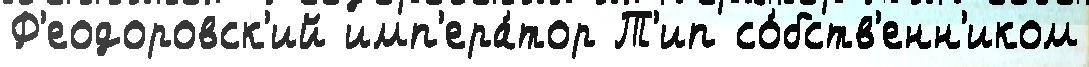
Ф'еодоровск'ий имп'ера́тор Т'ип со́бств'енн'иком